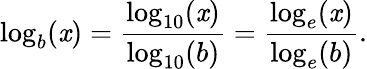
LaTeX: \log_{b}(\mathit{x})={\frac{{\log_{10}(\mathit{x})}}{{\log_{10}(b)}}}={\frac{{\log_{e}(\mathit{x})}}{{\log_{e}(b)}}}.